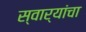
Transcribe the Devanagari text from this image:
स्वार्‍यांचा